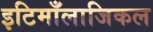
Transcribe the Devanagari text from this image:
इटिमाँलाजिकल